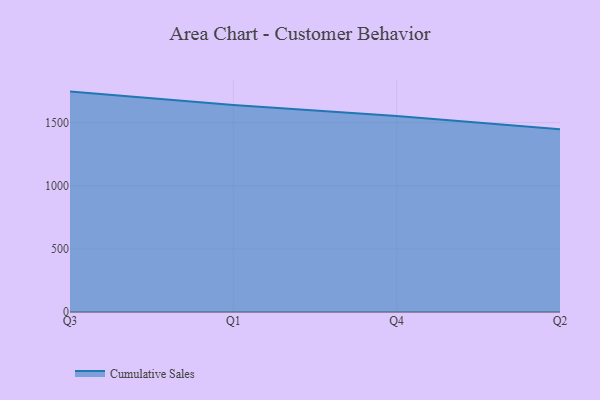
{"axis": {"x": "Quarter", "y": "Population (Million)"}, "legend": ["Cumulative Sales"], "data": [{"x": "Q3", "y": 1745.1, "type": "Cumulative Sales"}, {"x": "Q1", "y": 1638.8, "type": "Cumulative Sales"}, {"x": "Q4", "y": 1551.4, "type": "Cumulative Sales"}, {"x": "Q2", "y": 1446.2, "type": "Cumulative Sales"}]}